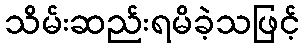
သိမ်းဆည်းရမိခဲ့သဖြင့်